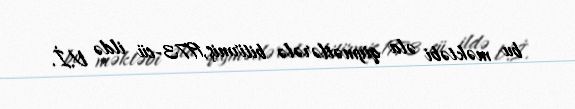
bu məktəbi əla qiymətlərələ bitirmiş,1973-cü ildə V.İ.